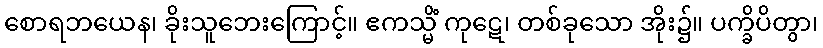
စောရဘယေန၊ ခိုးသူဘေးကြောင့်။ ဧကသ္မိံ ကုဋေ၊ တစ်ခုသော အိုး၌။ ပက္ခိပိတွာ၊